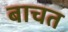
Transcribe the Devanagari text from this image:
बाचत